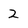
Character: 2